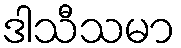
ဒါသီသမာ